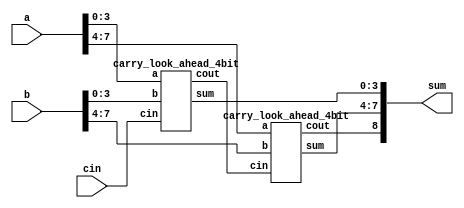
///////////////////////////////////////////////////////////
//16-bit Carry Look Ahead Adder 
///////////////////////////////////////////////////////////

`timescale 1ns / 1ps
module carry_look_ahead_8bit(a,b, cin, sum);
input [7:0] a,b;
input cin;
output [8:0] sum;
wire cout;
wire c1;
wire [7:0] sum_wire;
carry_look_ahead_4bit cla1 (.a(a[3:0]), .b(b[3:0]), .cin(cin), .sum(sum_wire[3:0]), .cout(c1));
carry_look_ahead_4bit cla2 (.a(a[7:4]), .b(b[7:4]), .cin(c1), .sum(sum_wire[7:4]), .cout(cout));
 assign sum = {cout,sum_wire};
endmodule

////////////////////////////////////////////////////////
//4-bit Carry Look Ahead Adder 
////////////////////////////////////////////////////////

module carry_look_ahead_4bit(a,b, cin, sum,cout);
input [3:0] a,b;
input cin;
output [3:0] sum;
output cout;

wire [3:0] p,g,c;

assign p=a^b;//propagate
assign g=a&b; //generate

//carry=gi + Pi.ci

assign c[0]=cin;
assign c[1]= g[0]|(p[0]&c[0]);
assign c[2]= g[1] | (p[1]&g[0]) | p[1]&p[0]&c[0];
assign c[3]= g[2] | (p[2]&g[1]) | p[2]&p[1]&g[0] | p[2]&p[1]&p[0]&c[0];
assign cout= g[3] | (p[3]&g[2]) | p[3]&p[2]&g[1] | p[3]&p[2]&p[1]&g[0] | p[3]&p[2]&p[1]&p[0]&c[0];
assign sum=p^c;

endmodule